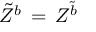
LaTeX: \tilde { Z } ^ { b } \, = \, Z ^ { \tilde { b } }